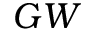
G W